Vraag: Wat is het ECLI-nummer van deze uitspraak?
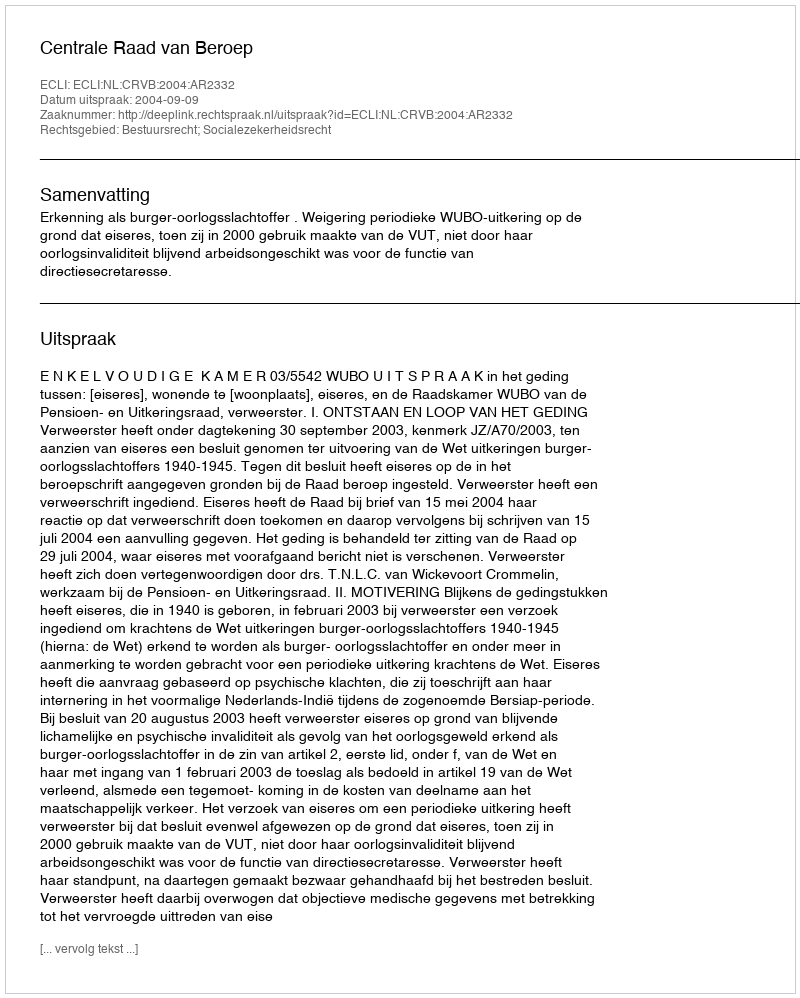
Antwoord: ECLI:NL:CRVB:2004:AR2332